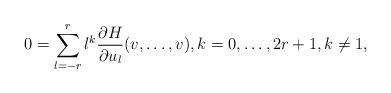
LaTeX: \begin{align*} 0=\sum_{l=-r}^{r}l^k\frac{\partial H}{\partial u_l}(v,\dots,v), k=0,\dots,2r+1, k\neq 1,\end{align*}